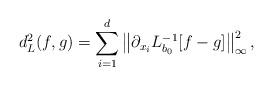
LaTeX: \begin{align*}d^2_L(f,g) = \sum_{i=1}^d \left\| \partial_{x_i} L_{b_0}^{-1}[f-g] \right\|_\infty^2,\end{align*}